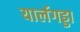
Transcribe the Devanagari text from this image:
यार्लगड्डा